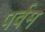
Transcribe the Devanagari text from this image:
पर्वम